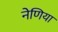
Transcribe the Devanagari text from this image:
नेणिया